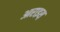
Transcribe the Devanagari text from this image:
आराइस़